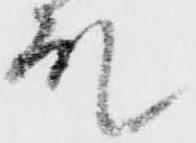
殿